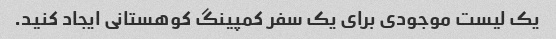
یک لیست موجودی برای یک سفر کمپینگ کوهستانی ایجاد کنید.